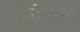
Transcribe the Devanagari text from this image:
पुवीच्याच